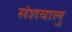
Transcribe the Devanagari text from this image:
संशयालु